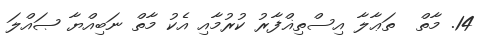
14. މާތް  ތަޢާލާ އިސްތިޣްފާރު ކުރުމާއި އެކު މާތް ނަބިއްޔާ ޞައްލަ